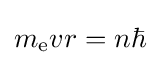
m_{\mathrm {e} }vr=n\hbar